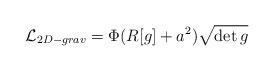
LaTeX: \begin{align*}{\cal L}_{2D-grav}=\Phi(R[g]+a^2) \sqrt { \det g}\end{align*}